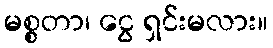
မစ္စတာ၊ ငွေ ရှင်းမလား။